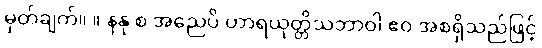
မှတ်ချက်။ ။ နနု စ အညေပိ ဟာရယုတ္တိသဘာဝါ ဧဝ အစရှိသည်ဖြင့်